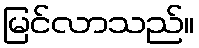
မြင်လာသည်။